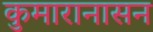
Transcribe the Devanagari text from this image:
कुमारानासन